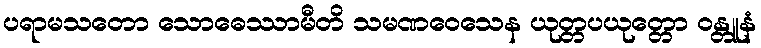
ပရာမသတော သောဓေဿာမီတိ သမဏဝေသေန ယုတ္တပယုတ္တော ဝန္တူနံ